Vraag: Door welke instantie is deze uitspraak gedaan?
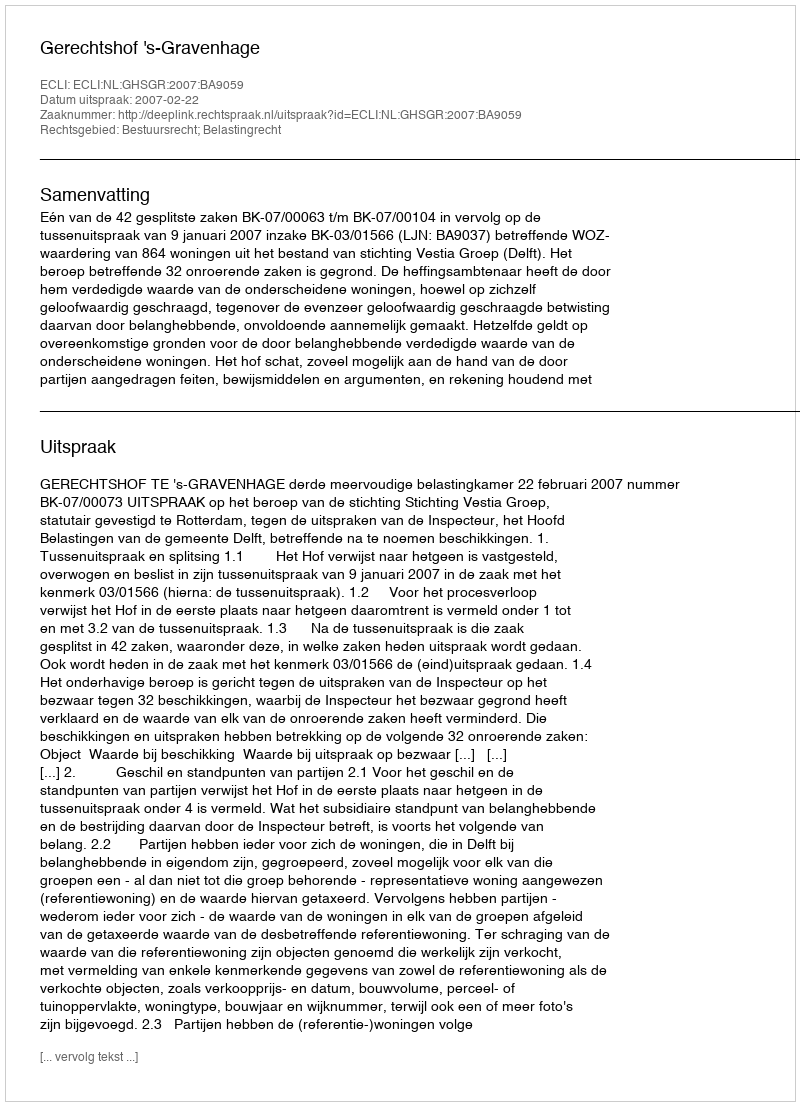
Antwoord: Gerechtshof 's-Gravenhage